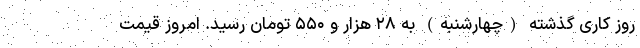
روز کاری گذشته (چهارشنبه) به ۲۸ هزار و ۵۵۰ تومان رسید. امروز قیمت